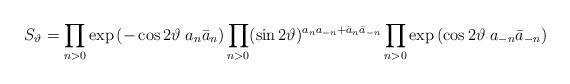
LaTeX: \begin{align*}S_\vartheta = \prod_{n>0} \exp\left(-\cos 2\vartheta\; a_n \bar a_n\right)\prod_{n>0} (\sin 2 \vartheta)^{a_na_{-n} + \bar a_n \bar a_{-n}}\prod_{n>0} \exp \left(\cos 2\vartheta\; a_{-n} \bar a_{-n}\right)\end{align*}